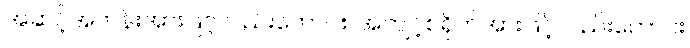
အဆင့်အတန်းအားဖြင့်လည်းကောင်း၊ အကျင့်စရိုက်အားဖြင့်လည်းကောင်း